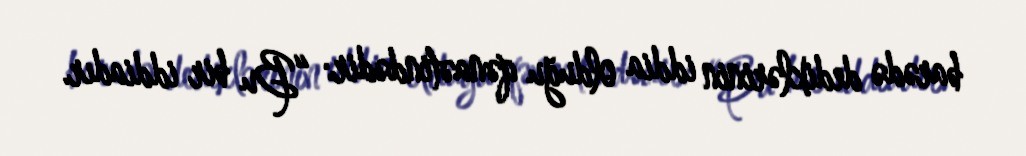
barədə dediklərinin iddia olduğu qənaətindədir: “Bu bir iddiadır.